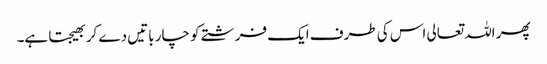
پھر اللہ تعالی اس کی طرف ایک فرشتے کو چار باتیں دے کر بھیجتا ہے۔